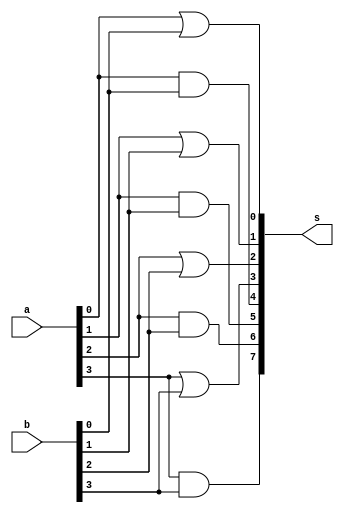
// -------------------------
// Exemplo0031 
// Nome: Wender Zacarias Xavier 
// ------------------------- 

// ------------------------- 
// f4_gate 
// ------------------------- 
   module f4 (output [7:0] s,
              input  [3:0] a, 
              input  [3:0] b); 
				  
// Clculo da OR
	assign s[0] = ( a[0] | b[0] );
	assign s[1] = ( a[1] | b[1] );
	assign s[2] = ( a[2] | b[2] );
	assign s[3] = ( a[3] | b[3] );
	
// Clculo da AND
 	assign s[4] = ( a[0] & b[0] );
	assign s[5] = ( a[1] & b[1] );
	assign s[6] = ( a[2] & b[2] );
	assign s[7] = ( a[3] & b[3] );

   endmodule // f4 

   module test_f4; 
// ------------------------- definir dados 
   reg  [3:0] x; 
   reg  [3:0] y; 
   wire [7:0] s; // Sada do resultado
		
   f4 modulo (s, x, y); 

// ------------------------- parte principal 

   initial begin 
     $display("Exemplo0031 - Wender Zacarias Xavier - 427472"); 
     $display("Test LU's module"); 
    x = 4'b0011;        y = 4'b0101; 

// Mostrar resultados
	$display("  **** Resultado **** ");
	$monitor (" OR gate = %3b | %3b =  %4b \n AND gate = %3b & %3b = %4b", x,y,s[3:0],x,y,s[7:4]);
#1 x = 4'b0111;   y = 4'b0001;
#1 x = 4'b0001;	y = 4'b1001;
   end 

endmodule // test_f4 


/**
 TESTE 01 = (OK)
 **** Resultado **** 
     OR gate = 0011 | 0101 =  0111 
     AND gate = 0011 & 0101 = 0001
     OR gate = 0111 | 0001 =  0111 
     AND gate = 0111 & 0001 = 0001
     OR gate = 0001 | 1001 =  1001 
     AND gate = 0001 & 1001 = 0001
     
     */